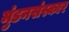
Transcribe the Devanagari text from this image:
मुंडनसंस्कार